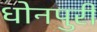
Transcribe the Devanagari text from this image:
धोनपुरी